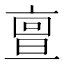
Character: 亶